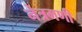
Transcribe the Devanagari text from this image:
नेत्रमणी